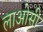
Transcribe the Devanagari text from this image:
लाओसी